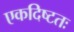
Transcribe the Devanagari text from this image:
एकदिष्‍टतः